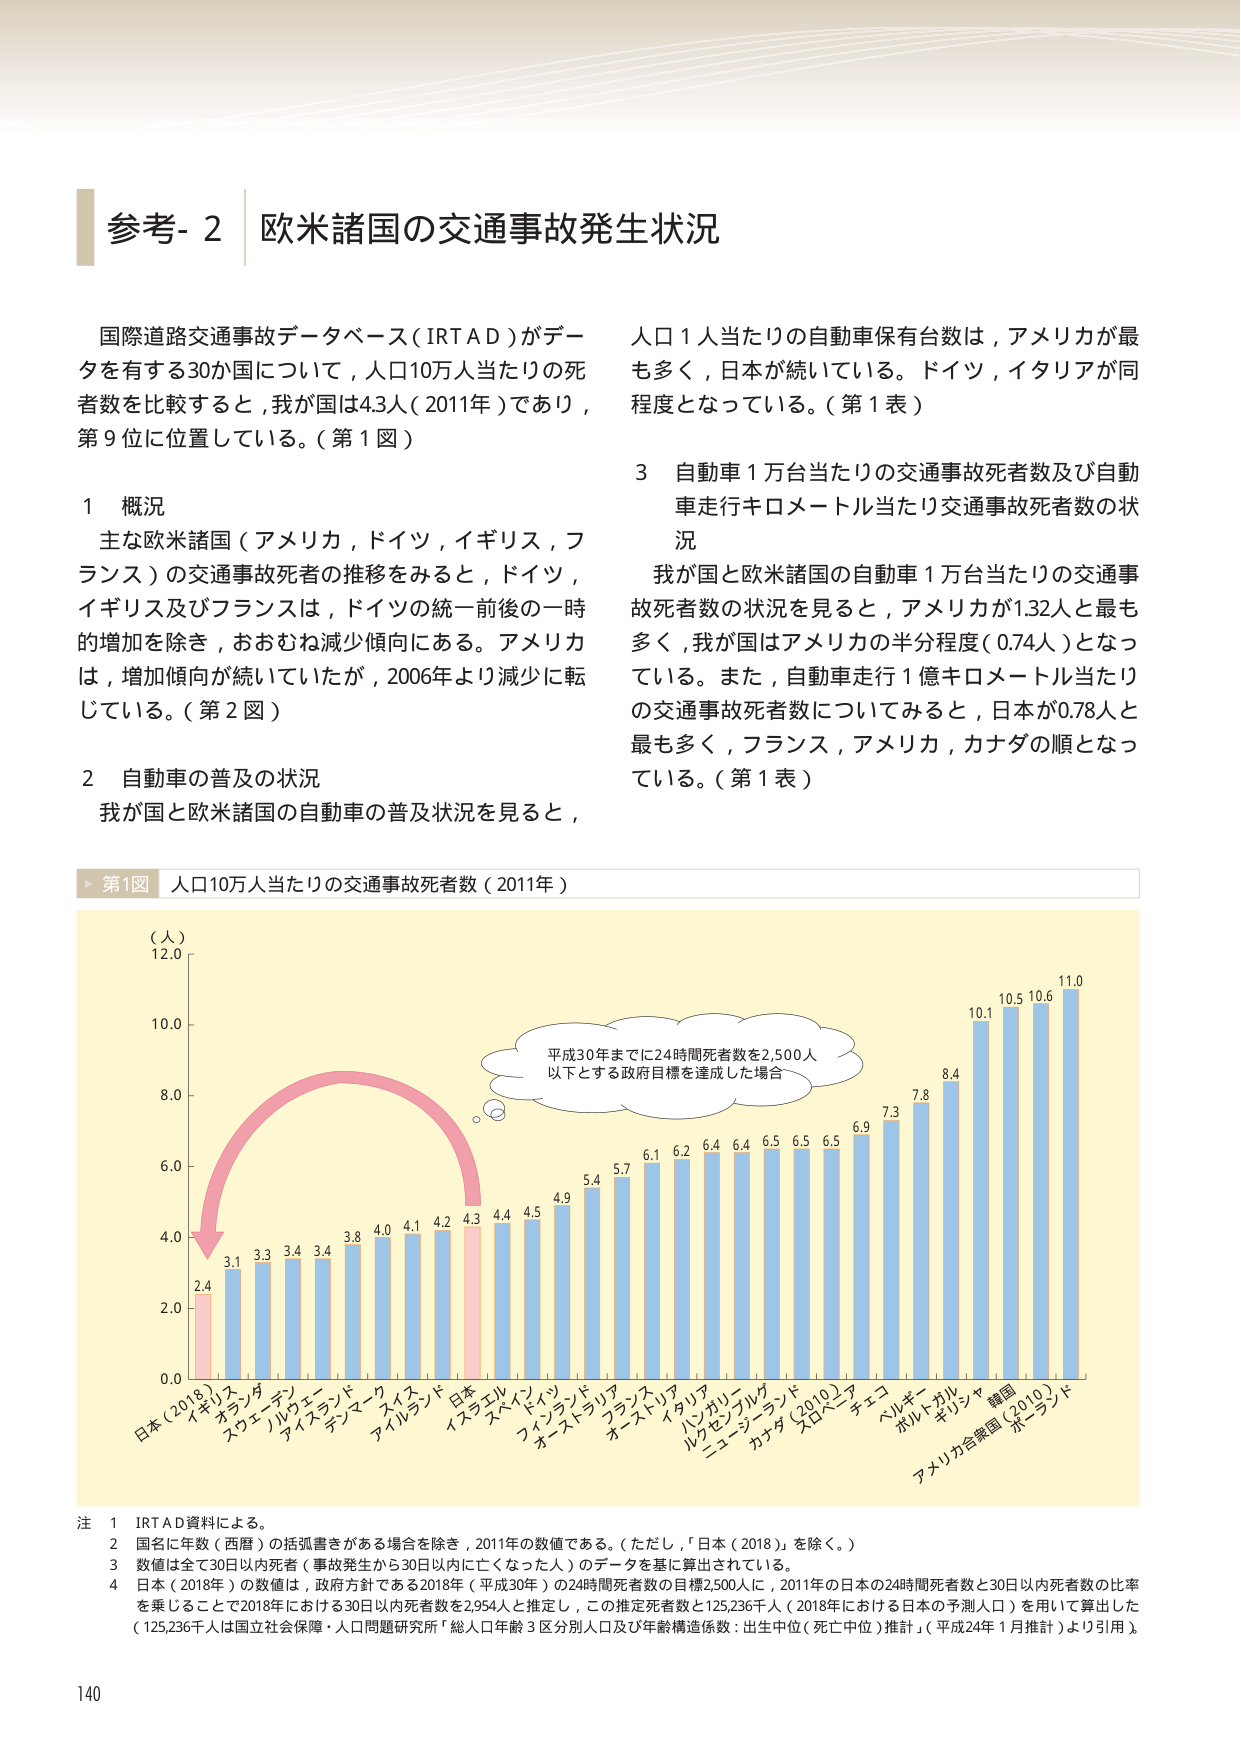
参考- 2 欧米諸国の交通事故発生状況

国際道路交通事故データベース（IRTAD）がデータを有する30か国について，人口10万人当たりの死者数を比較すると，我が国は4.3人（2011年）であり，第9位に位置している。（第1図）

1 概況
主な欧米諸国（アメリカ，ドイツ，イギリス，フランス）の交通事故死者の推移をみると，ドイツ，イギリス及びフランスは，ドイツの統一前後の一時的増加を除き，おおむね減少傾向にある。アメリカは，増加傾向が続いていたが，2006年より減少に転じている。（第2図）

2 自動車の普及の状況
我が国と欧米諸国の自動車の普及状況を見ると，

人口1人当たりの自動車保有台数は，アメリカが最も多く，日本が続いている。ドイツ，イタリアが同程度となっている。（第1表）

3 自動車1万台当たりの交通事故死者数及び自動車走行キロメートル当たり交通事故死者数の状況
我が国と欧米諸国の自動車1万台当たりの交通事故死者数の状況を見ると，アメリカが1.32人と最も多く，我が国はアメリカの半分程度（0.74人）となっている。また，自動車走行1億キロメートル当たりの交通事故死者数についてみると，日本が0.78人と最も多く，フランス，アメリカ，カナダの順となっている。（第1表）

▶ 第1図 人口10万人当たりの交通事故死者数（2011年）

（人）
12.0
10.0
8.0
6.0
4.0
2.0
0.0

日本（2018） 2.4
オーストラリア 3.1
スウェーデン 3.3
ルクセンブルク 3.4
アイスランド 3.4
デンマーク 3.8
カナダ 4.0
アイルランド 4.1
日本 4.2
イスラエル 4.3
スペイン 4.4
イタリア 4.5
フィンランド 4.9
オーストラリア 5.4
フランス 5.7
ホンジュラス 6.1
イタリア 6.2
ハンガリー 6.4
ルクセンブルク 6.4
ニュージーランド 6.5
カナダ（2010） 6.5
スロベニア 6.5
チェコ 6.9
ベルギー 7.3
ポルトガル 7.8
ギリシャ 8.4
韓国 10.1
アメリカ合衆国（2019） 10.5
ポーランド 10.6
11.0

平成30年までに24時間死者数を2,500人以下とする政府目標を達成した場合

注
1 IRTAD資料による。
2 国名に年数（西暦）の括弧書きがある場合を除き，2011年の数値である。（ただし，「日本（2018）」を除く。）
3 数値は全て30日以内死者（事故発生から30日以内に亡くなった人）のデータを基に算出されている。
4 日本（2018年）の数値は，政府方針である2018年（平成30年）の24時間死者数の目標2,500人に，2011年の日本の24時間死者数と30日以内死者数の比率を乗じることで2018年における30日以内死者数を2,954人と推定し，この推定死者数と125,236千人（2018年における日本の予測人口）を用いて算出した（125,236千人は国立社会保障・人口問題研究所「総人口年齢3区分別人口及び年齢構造係数：出生中位（死亡中位）推計」（平成24年1月推計）より引用）。

140